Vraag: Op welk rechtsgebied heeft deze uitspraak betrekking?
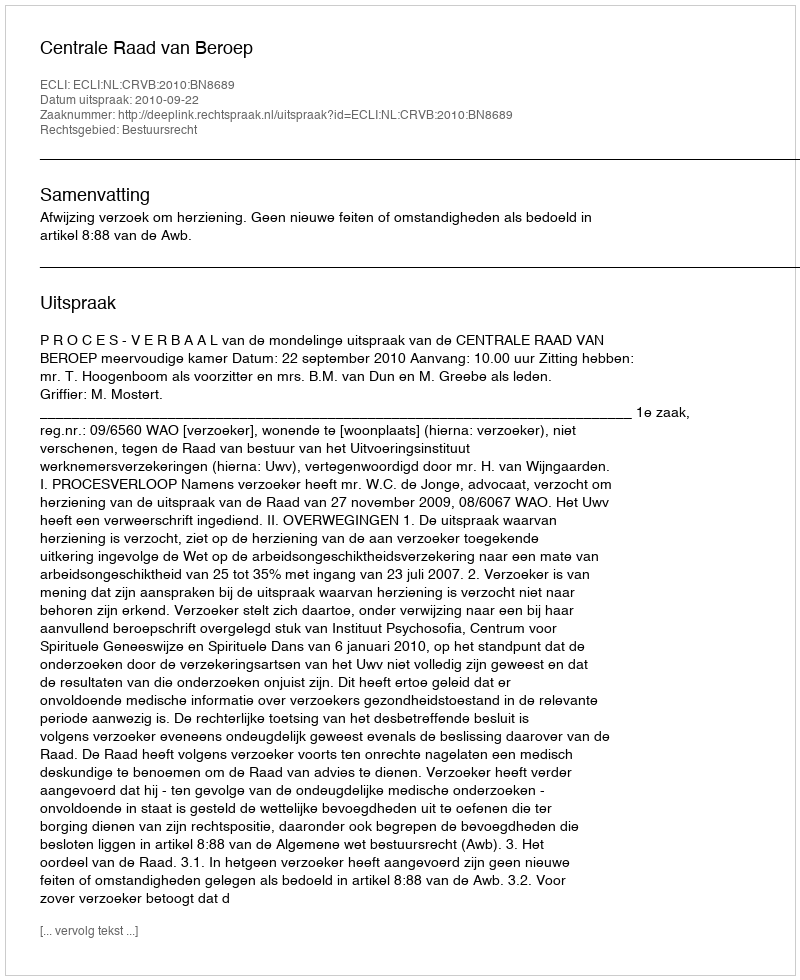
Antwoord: Bestuursrecht